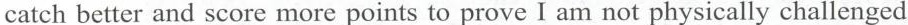
catch better and score more points to prove I am not physically challenged